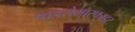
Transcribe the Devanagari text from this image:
पाइरोमारफाइट